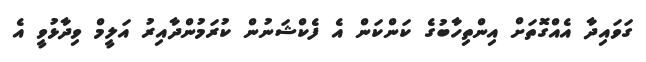
ގަވައިދާ އެއްގޮތަށް އިންތިހާބުގެ ކަންކަން އެ ފެކްޝަނުން ކުރަމުންދާއިރު އަލީމް ވިދާޅުވީ އެ